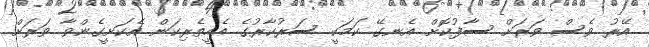
އޭރު ވެސް ވަރަށް ސާފުކޮށް އެނގޭ ކަމަކީ ސަރުކާރުގެ އެހީތެރިކަން އެކަށީގެންވާ ވަރަށް